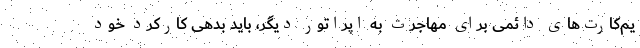
یم‌کارت‌های دائمی ‌برای مهاجرت به اپراتور دیگر، باید بدهی کارکرد خود